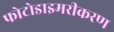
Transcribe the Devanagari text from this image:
फोटोडाइमरीकरण